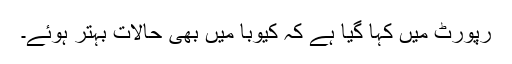
رپورٹ میں کہا گیا ہے کہ کیوبا میں بھی حالات بہتر ہوئے۔